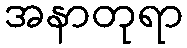
အနာတုရာ